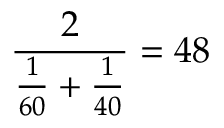
{ \frac { 2 } { { \frac { 1 } { 6 0 } } + { \frac { 1 } { 4 0 } } } } = 4 8